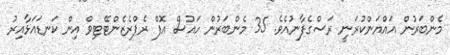
މެންބަރުން އައްޔަންކުރަނީ ރަސްގެފާނުއެވެ. 35 މެންބަރުން ހައުސް އޮފް ރެޕްރެޒެންޓޭޓިވް އިން ކަނޑައަޅާއިރު